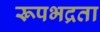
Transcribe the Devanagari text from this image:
रूपभद्रता